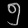
Digit: ၅